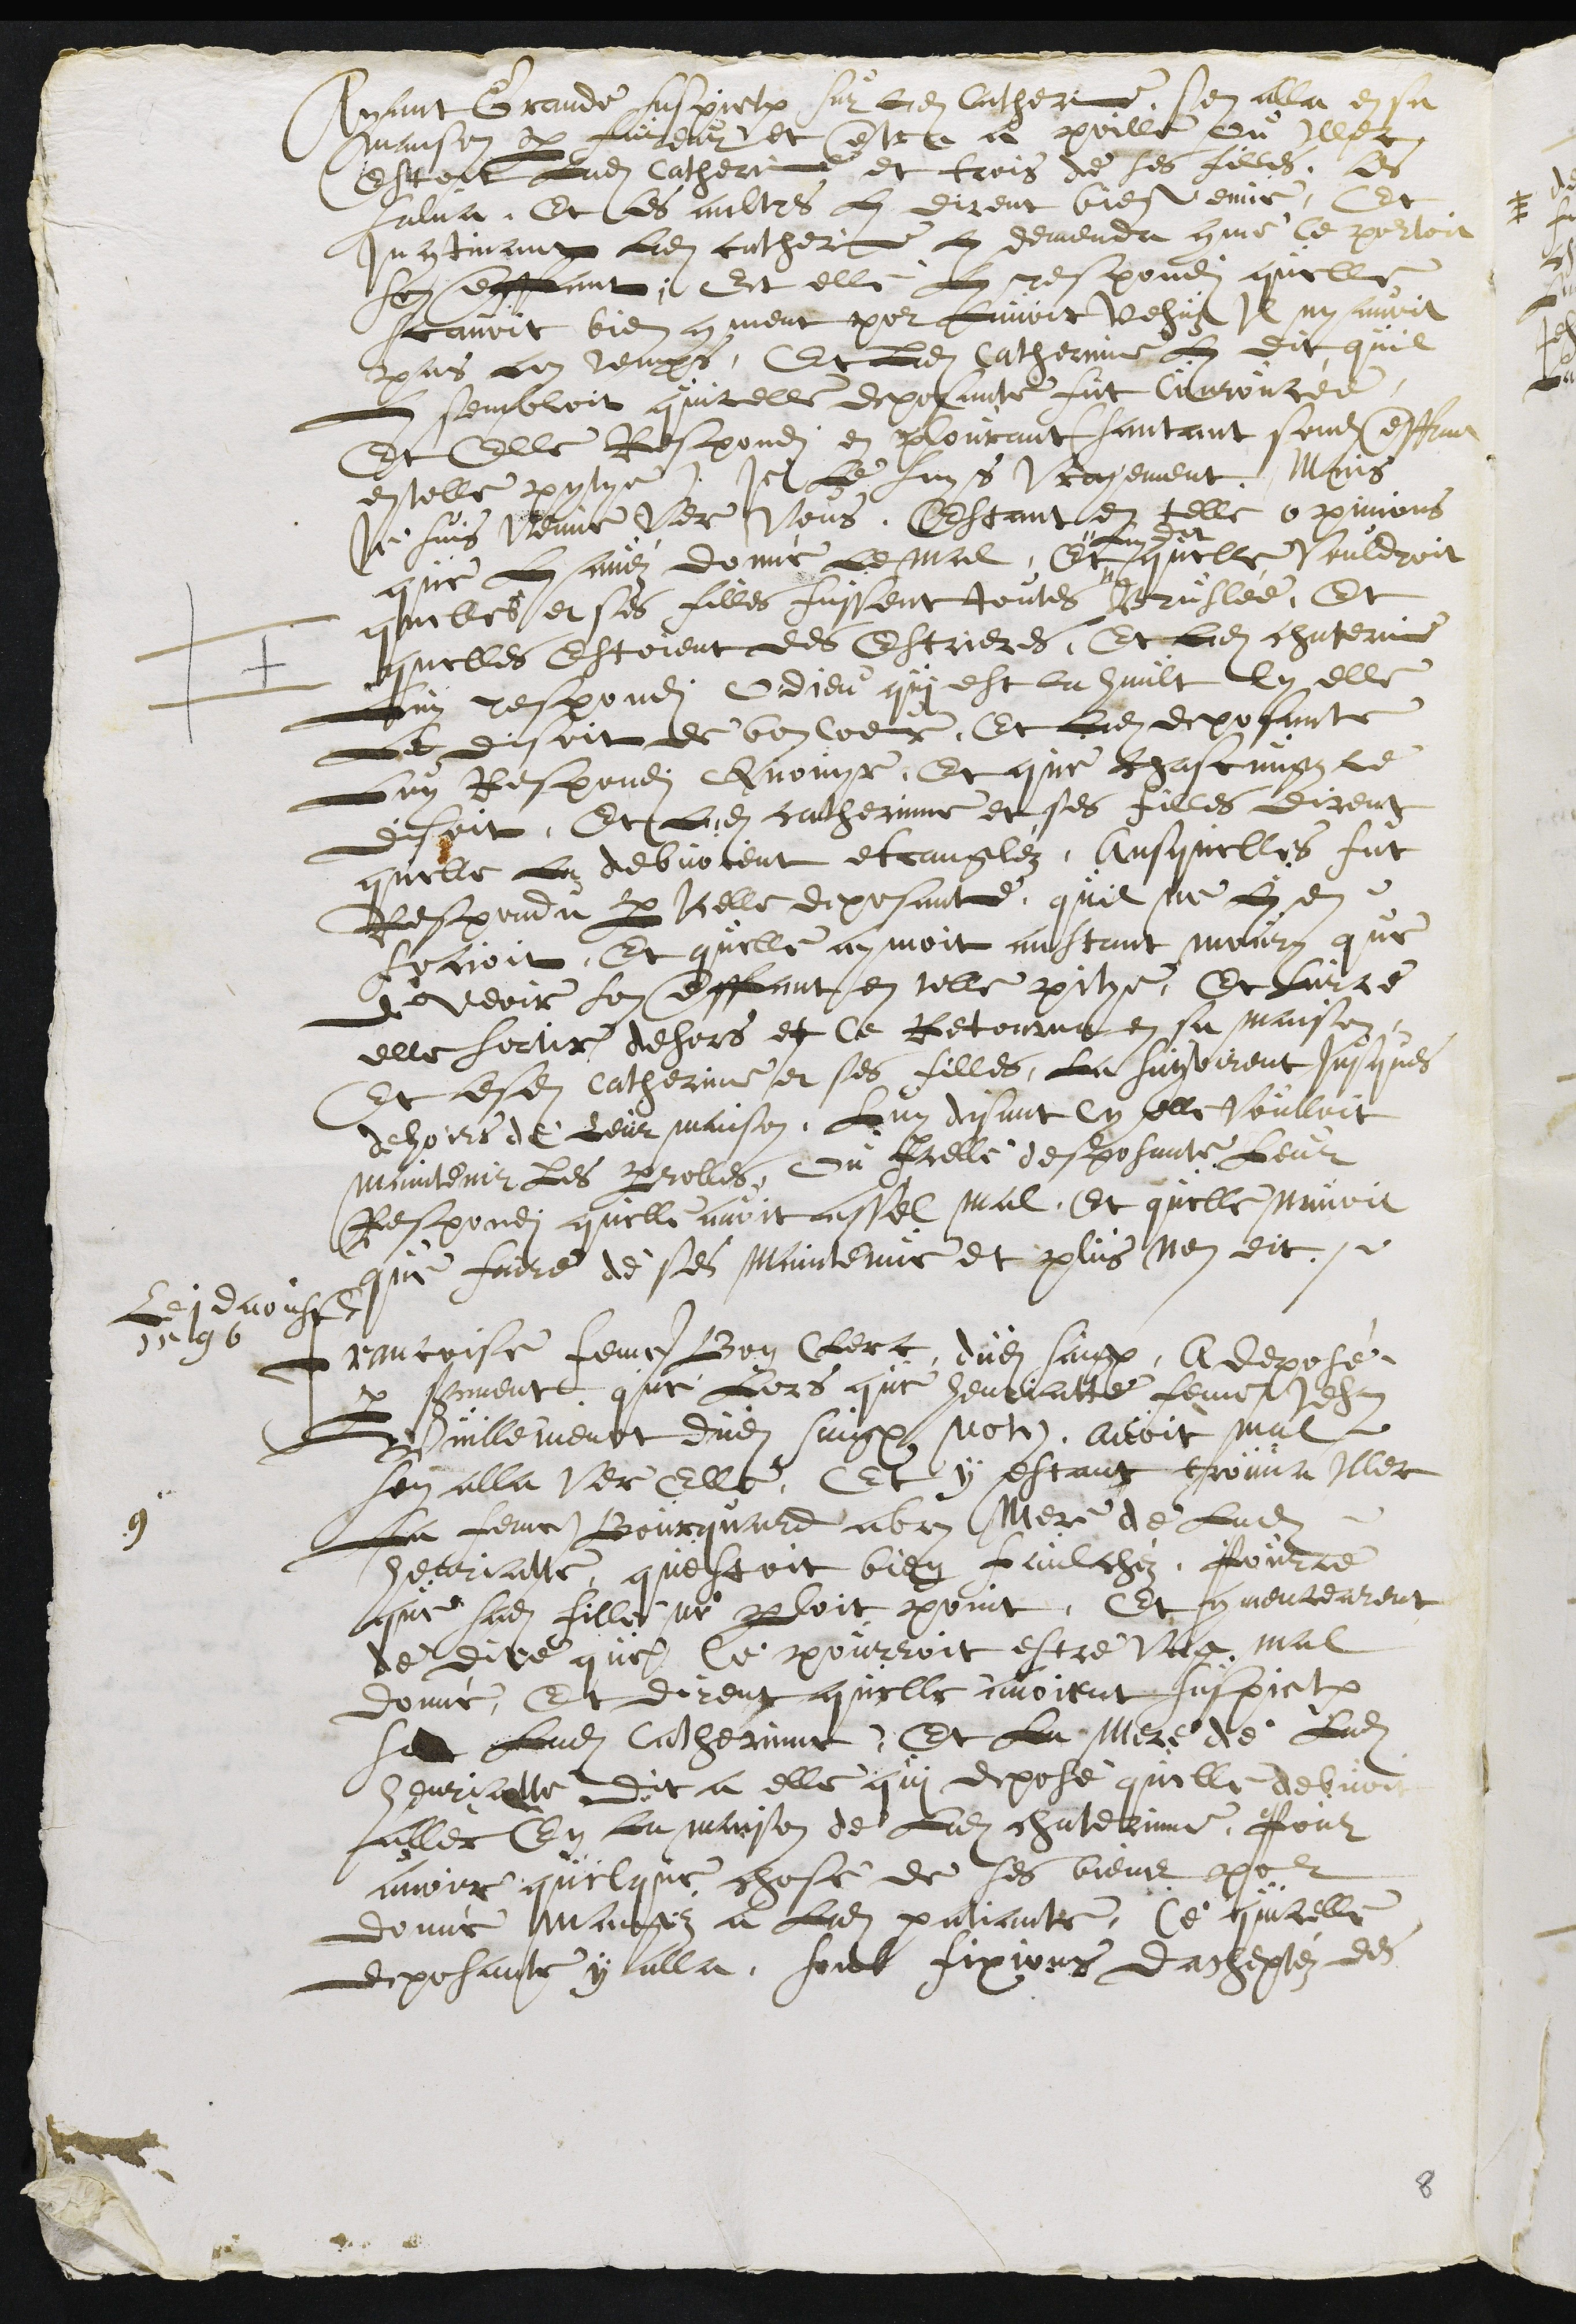
Ayant Grande suspiction sur ladite Catherinne, sen alla en sa
maison par fureur et entra a poille ou Illec
Estoit Ladite Catherinne et trois de ses filles, les
salua, Et Les aultres Luy dirent bienvenue, Et
Incontinant Ladite catherinne Luy demenda comme ce pourtoit
son enffant, Et elle Luy respondi quelle
scavoit bien comment pour Lavoir Vehuz Il ny avoit
pas Lon temps. Et Ladite Catherinne Luy dit quil
Luy sembloit quicelle deposante fut couroucée,
Et Elle Respondi en plourant (santant sondit enffant
en telle pytie): Je Le suys Vrayement. Mais
Je suis Venue Ver Vous, Estant en telle opinions
que Luy aviéz donné Le mal, Et "
" Luy dit
quelle vouldroit
quelles et ses filles fussent toutes Bruslée, Et
quelles Estoient des Escrieres, Et Ladite chaterinne
Luy respondi O Dieu qui est la hault Cy elle
Le disoit de bon Coeur, Et Ladite deposante
Luy Respondi Quouyr, Et que chascungz le
disoit, Et Ladite catherinne et ses filles dirent
quelle Lez debvoient etrangléz, ausquelles fut
Respondu par Icelle deposante, quil ne Luy en
socioit, Et quelle aymoit aultant moury que
de veoir son enffant en telle pitye. Et sur ce
elle sortir dehors et Ce Retourna en sa maison,
Et lesdites Catherinne et ses filles, La suyvirent jusques
dehoirs de Leur maison, Lui disant Cy elle voulloit
maintenir les parrolles, ou Icelle desposante Leur
Respondi quelle avoit assel mal, Et quelle navoit
que faire de Les maintenir et plus nen dit.
9
Le 1 daoust
1596
Francoise femme Bon Clerc, dudit Saignelégier, A deposé
par serment que Lors que henriatte femme Jehan
Vuillemenot dudit Saignelégier notaire, avoit mal
sen alla Ver Elle, Et y estant trouva Illec
La femme Bourquard abry Mere de Ladite
henriatte questoit bien faulchéz pour ce
que sadite fille ne parloit point, Et commencearent
de dire que Ce pourroit estre ung mal
donné, Et dirent quelle avoient suspiction
sur Ladite Catherinne. Et La Mere de Ladite
henriatte dit a elle qui depose quelle debvoit
aller en la maison de ladite chaterinne, pour
avoir quelque chose de ses bien pour
donné mangéz a Ladite patiante, Ce quicelle
deposante y alla, soub fixions dacheptéz des